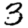
Digit: 3